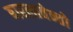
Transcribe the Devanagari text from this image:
बारलावेन्तो